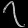
Digit: ၇